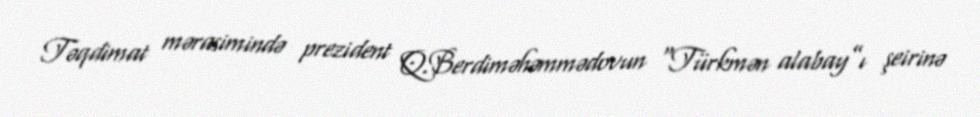
Təqdimat mərasimində prezident Q.Berdiməhəmmədovun “Türkmən alabay”ı şeirinə